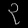
Digit: ၃